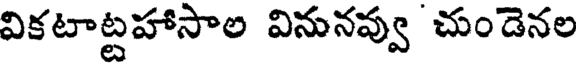
వికటాట్టహాసాల వినునవ్వు చుండెనల